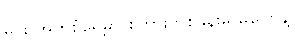
မင်း အိုက်စံရှေ့မှာ စကားတစ်ခွန်းမှ မပြောနဲ့။